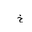
Letter: _kha